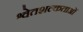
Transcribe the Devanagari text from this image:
श्वेतशल्कताओं